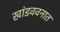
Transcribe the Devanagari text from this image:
खांडववनात